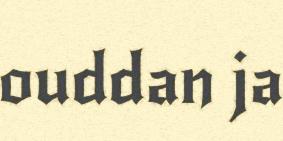
ouddan ja